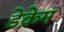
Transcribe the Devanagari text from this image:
डेक्रेम